Vaccination in Bombay 1869-1873 - 1869-1873
Year: 1869
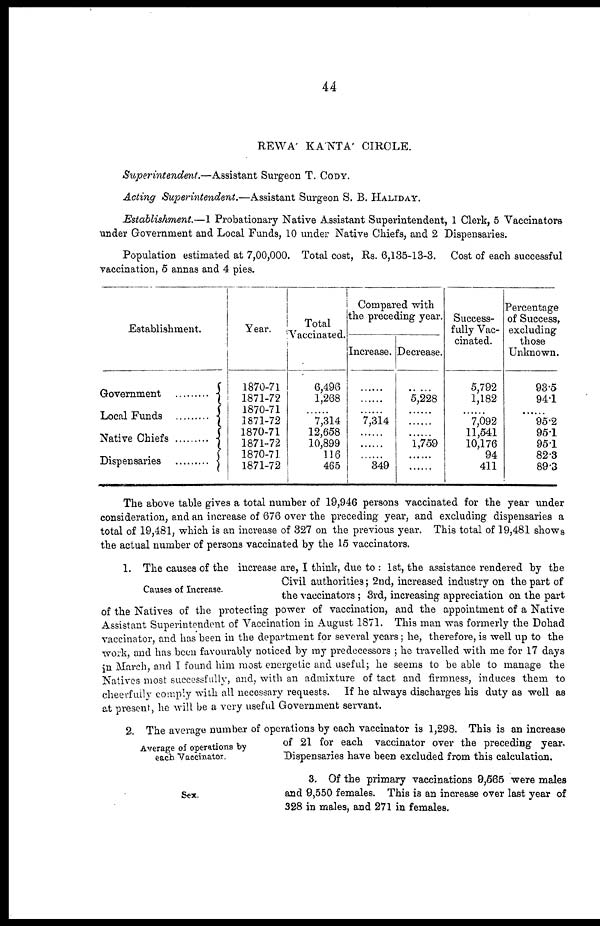
44
REWA KA'NTA CIRCLE.
Superintendent.—Assistant
Surgeon T. CODY.
Acting Superintendent.—Assistant
Surgeon S. B. HALIDAY.
Establishment.—1 Probationary Native Assistant Superintendent, 1 Clerk, 5 Vaccinators
under Government and Local Funds, 10 under Native Chiefs, and 2 Dispensaries.
Population estimated at 7,00,000. Total cost, Rs. 6,135-13-3. Cost of each successful
vaccination, 5 annas and 4 pies.
Establishment.
Government .........
Local Funds .........
Native Chiefs .......
Dispensaries .........
Year.
1870-71
1871-72
1870-71
1871-72
1870-71
1871-72
1870-71
1871-72
Total
Vaccinated.
6,496
1,268
......
7,314
12,658
10,899
116
465
Compared with
the preceding year.
Increase.
......
......
......
7,314
......
......
......
349
Decrease.
......
5,228
......
......
......
1,759
......
......
Success-
fully Vac-
cinated.
5,792
1,182
......
7,092
11,541
10,176
94
411
Percentage
of Success,
excluding
those
Unknown.
93.5
94.1
......
95.2
95.1
95.1
82.3
89.3
The above table gives a total number of 19,946 persons vaccinated for the year under
consideration, and an increase of 676 over the preceding year, and excluding dispensaries a
total of 19,481, which is an increase of 327 on the previous year. This total of 19,481 shows
the actual number of persons vaccinated by the 15 vaccinators.
Causes of Increase.
1. The causes of the increase are, I think, due to : 1st, the assistance rendered by the
Civil authorities; 2nd, increased industry on the part of
the vaccinators ; 3rd, increasing appreciation on the part
of the Natives of the protecting power of vaccination, and the appointment of a Native
Assistant Superintendent of Vaccination in August 1871. This man was formerly the Dohad
vaccinator, and has been in the department for several years; he, therefore, is well up to the
work, and has been favourably noticed by my predecessors ; he travelled with me for 17 days
in March, and I found him most energetic and useful; he seems to be able to manage the
Natives most successfully, and, with an admixture of tact and firmness, induces them to
cheerfully comply with all necessary requests. If he always discharges his duty as well as
at present, he will be a very useful Government servant.
Average of operations by
each Vaccinator.
2. The average number of operations by each vaccinator is 1,298. This is an increase
of 21 for each vaccinator over the preceding year.
Dispensaries have been excluded from this calculation.
Sex.
3. Of the primary vaccinations 9,565 were males
and 9,550 females. This is an increase over last year of
328 in males, and 271 in females.